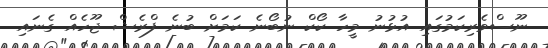
ނޫސްވެރިކަމުގައި އުޅުނު މީހާ ކޯކް ނުބޯނެ ކަމަށް ބުނެ ފްރެޝް ޖޫހެއް ގެނައި